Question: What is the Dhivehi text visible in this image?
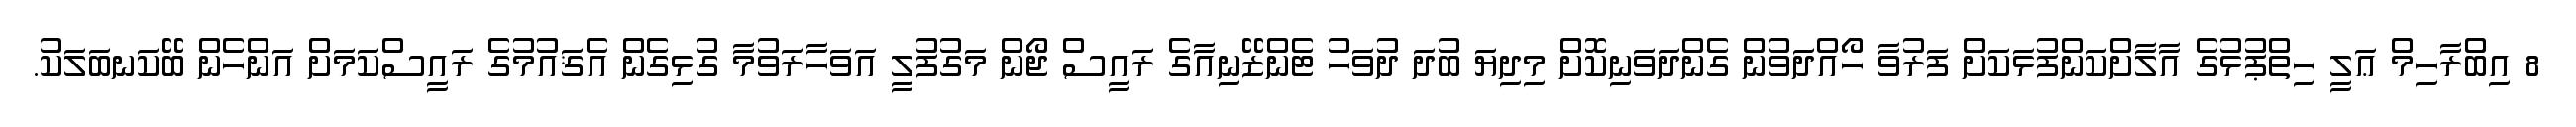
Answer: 8 އިބްރާހިމް ޢަލީ ހިތްޕުޅުގެ އާލާށްކަންފުޅަކަށް ފަރުވާ ހޯއްދަވުން ގެންދަވަނިކޮށް މިދިޔަ ބުދަ ދުވަހު ޓެންޒޭނިއާގެ ރައީސް ޖޯން މަގުފުލީ އަވަހާރަވުމާ ގުޅިގެން އެޤައުމުގެ ރައީސްކަމަށް އަންހެން ބޭކަނބަލަކު.